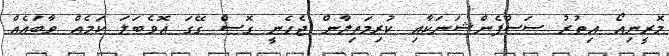
މޮރީނިއޯ އިތުރު ސަސްޕެންޝަނަކާއި ކުރިމަތިލާން ޖެހެނީ ގޮސް ގޭގަ އޮވެބަލަ ކަމެއް ވާބައެއް